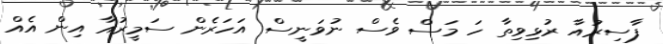
ފާސިރުއާ ރުޅިވިތާ ހަ މަސް ވެސް ނުވަނީސް އަހަރެން ސަމީރުއާ އިން އެއް